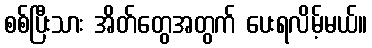
စစ်ပြီးသား အိတ်တွေအတွက် ပေးရလိမ့်မယ်။